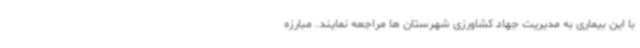
با این بیماری به مدیریت جهاد کشاورزی شهرستان ها مراجعه نمایند. مبارزه